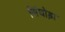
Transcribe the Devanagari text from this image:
सिंघोड़ा